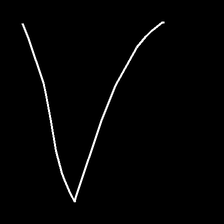
Glyph: region